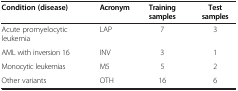
<table><thead><tr><td><b>Condition (disease)</b></td><td><b>Acronym</b></td><td><b>Training samples</b></td><td><b>Test samples</b></td></tr></thead><tbody><tr><td>Acute promyelocytic leukemia</td><td>LAP</td><td>7</td><td>3</td></tr><tr><td>AML with inversion 16</td><td>INV</td><td>3</td><td>1</td></tr><tr><td>Monocytic leukemias</td><td>M5</td><td>5</td><td>2</td></tr><tr><td>Other variants</td><td>OTH</td><td>16</td><td>6</td></tr></tbody></table>